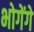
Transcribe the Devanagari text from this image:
भोगेंगे